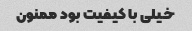
خیلی با کیفیت بود ممنون